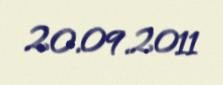
20.09.2011